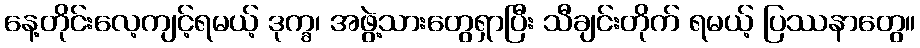
နေ့တိုင်းလေ့ကျင့်ရမယ့် ဒုက္ခ၊ အဖွဲ့သားတွေရှာပြီး သီချင်းတိုက် ရမယ့် ပြဿနာတွေ။